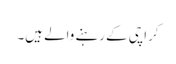
کراچی کے رہنے والے ہیں۔